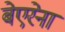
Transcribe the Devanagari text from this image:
बेएरेना